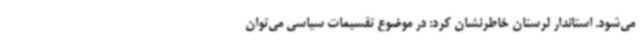
می‌شود. استاندار لرستان خاطرنشان کرد: در موضوع تقسیمات سیاسی می‌توان